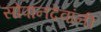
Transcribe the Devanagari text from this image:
सोपानदेवांनी